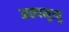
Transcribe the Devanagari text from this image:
अल्पमृत्यु